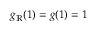
g _ { \mathbb { R } } ( 1 ) = g ( 1 ) = 1